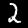
Digit: 2